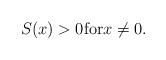
LaTeX: \begin{align*}& S(x)>0 {\mathrm{for}} x\not=0.\end{align*}